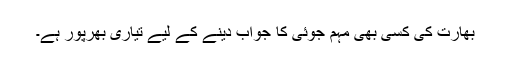
بھارت کی کسی بھی مہم جوئی کا جواب دینے کے لیے تیاری بھرپور ہے۔